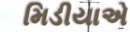
મિડીયાએ